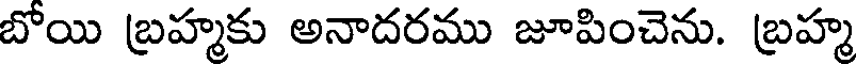
బోయి బ్రహ్మకు అనాదరము జూపించెను. బ్రహ్మ